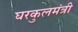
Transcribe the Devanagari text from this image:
घरकुलमंत्री